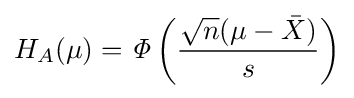
H_{A}(\mu )={\mathit {\Phi }}\left({\frac {{\sqrt {n}}(\mu -{\bar {X}})}{s}}\right)